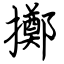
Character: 擲